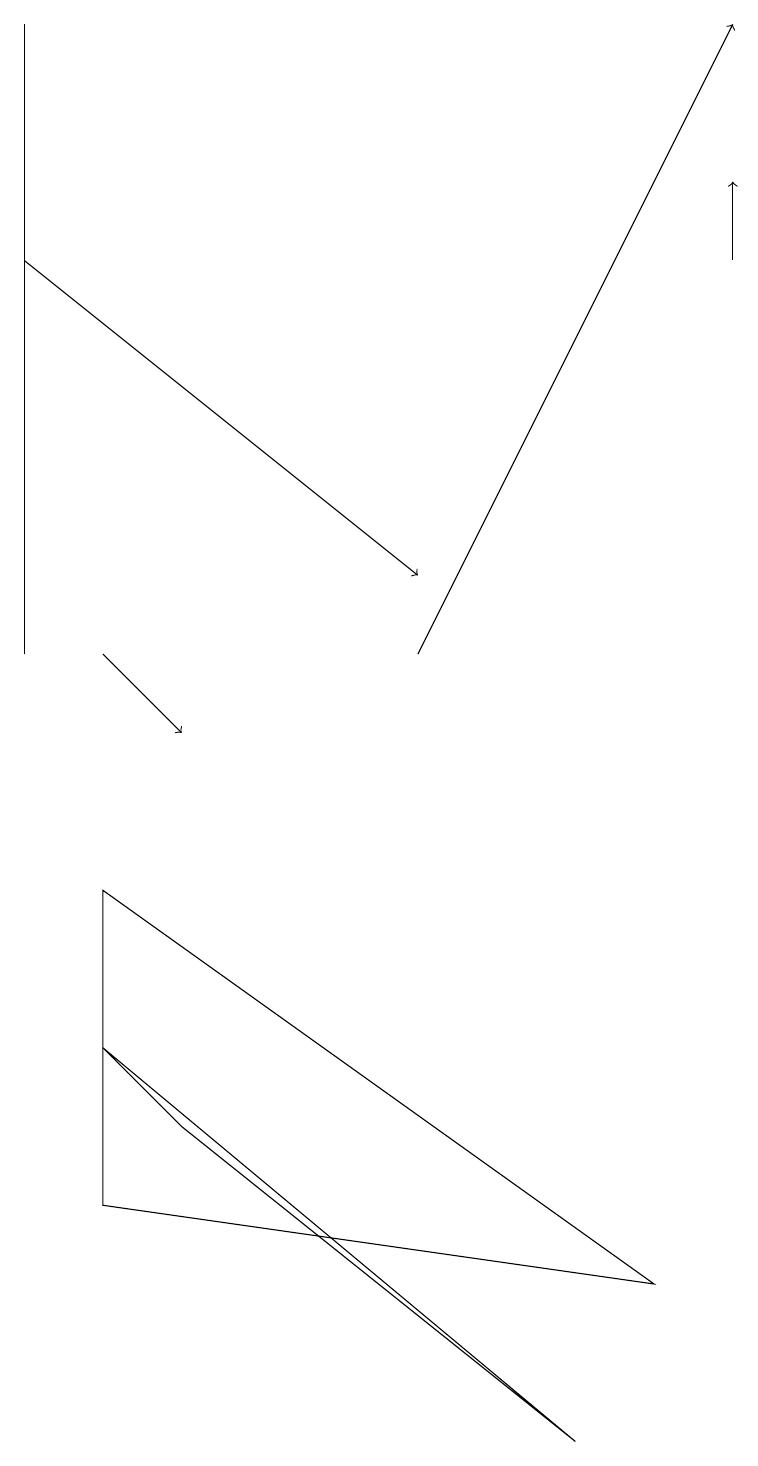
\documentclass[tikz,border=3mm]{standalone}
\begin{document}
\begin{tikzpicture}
\draw[->] (0,16) -- (5,12);
\draw[->] (1,11) -- (2,10);
\draw (0,11) rectangle (0,19);
\draw[->] (9,16) -- (9,17);
\draw[->] (5,11) -- (9,19);
\draw (8,3) -- (1,8) -- (1,4) -- cycle;
\draw (7,1) -- (1,6) -- (2,5) -- cycle;
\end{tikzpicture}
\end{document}